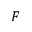
F